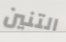
التنين